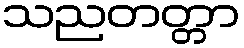
သညတတ္တာ